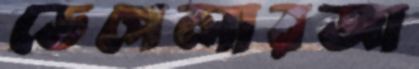
ডেপেলারজা